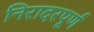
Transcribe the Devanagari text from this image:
निरादरपूर्ण